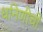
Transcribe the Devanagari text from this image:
धनिणीची